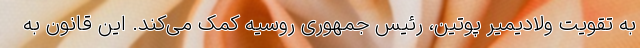
به تقویت ولادیمیر پوتین، رئیس جمهوری روسیه کمک می‌کند. این قانون به